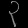
Digit: ၃